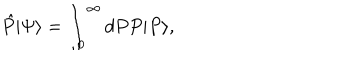
\hat { P } | \Psi \rangle = \int _ { 0 } ^ { \infty } d P P | P \rangle ,